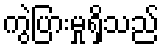
ကွဲပြားမှုရှိသည်